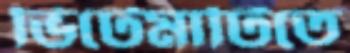
ভিটেমাটিতে